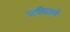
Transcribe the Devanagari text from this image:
पवित्रतामें